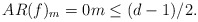
\begin{align*}AR(f)_m=0 m \leq (d-1)/2.\end{align*}